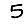
Digit: 5